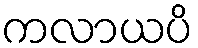
ကလာယပိ